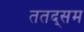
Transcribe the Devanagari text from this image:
ततद्सम